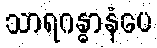
သာရဂန္ဓာနံပေ